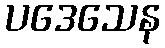
ပဒေသေန